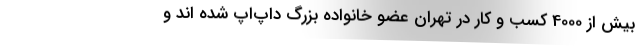
بیش از 4000 کسب و کار در تهران عضو خانواده بزرگ داپ‌اَپ شده اند و